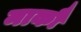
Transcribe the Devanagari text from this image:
माकौ